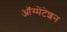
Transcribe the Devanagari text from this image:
ऑग्मेंटेशन